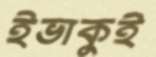
ইভাকুই